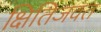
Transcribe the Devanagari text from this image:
क्षितिजवत